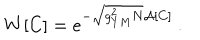
LaTeX: W [ C ] = e ^ { - \sqrt { { g _ { Y M } ^ { 2 } N } } \mathcal { A } [ C ] } \: .